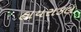
હાયરાકલ